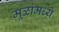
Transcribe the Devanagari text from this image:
मूळांमध्ये